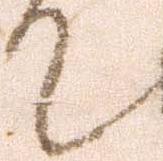
て